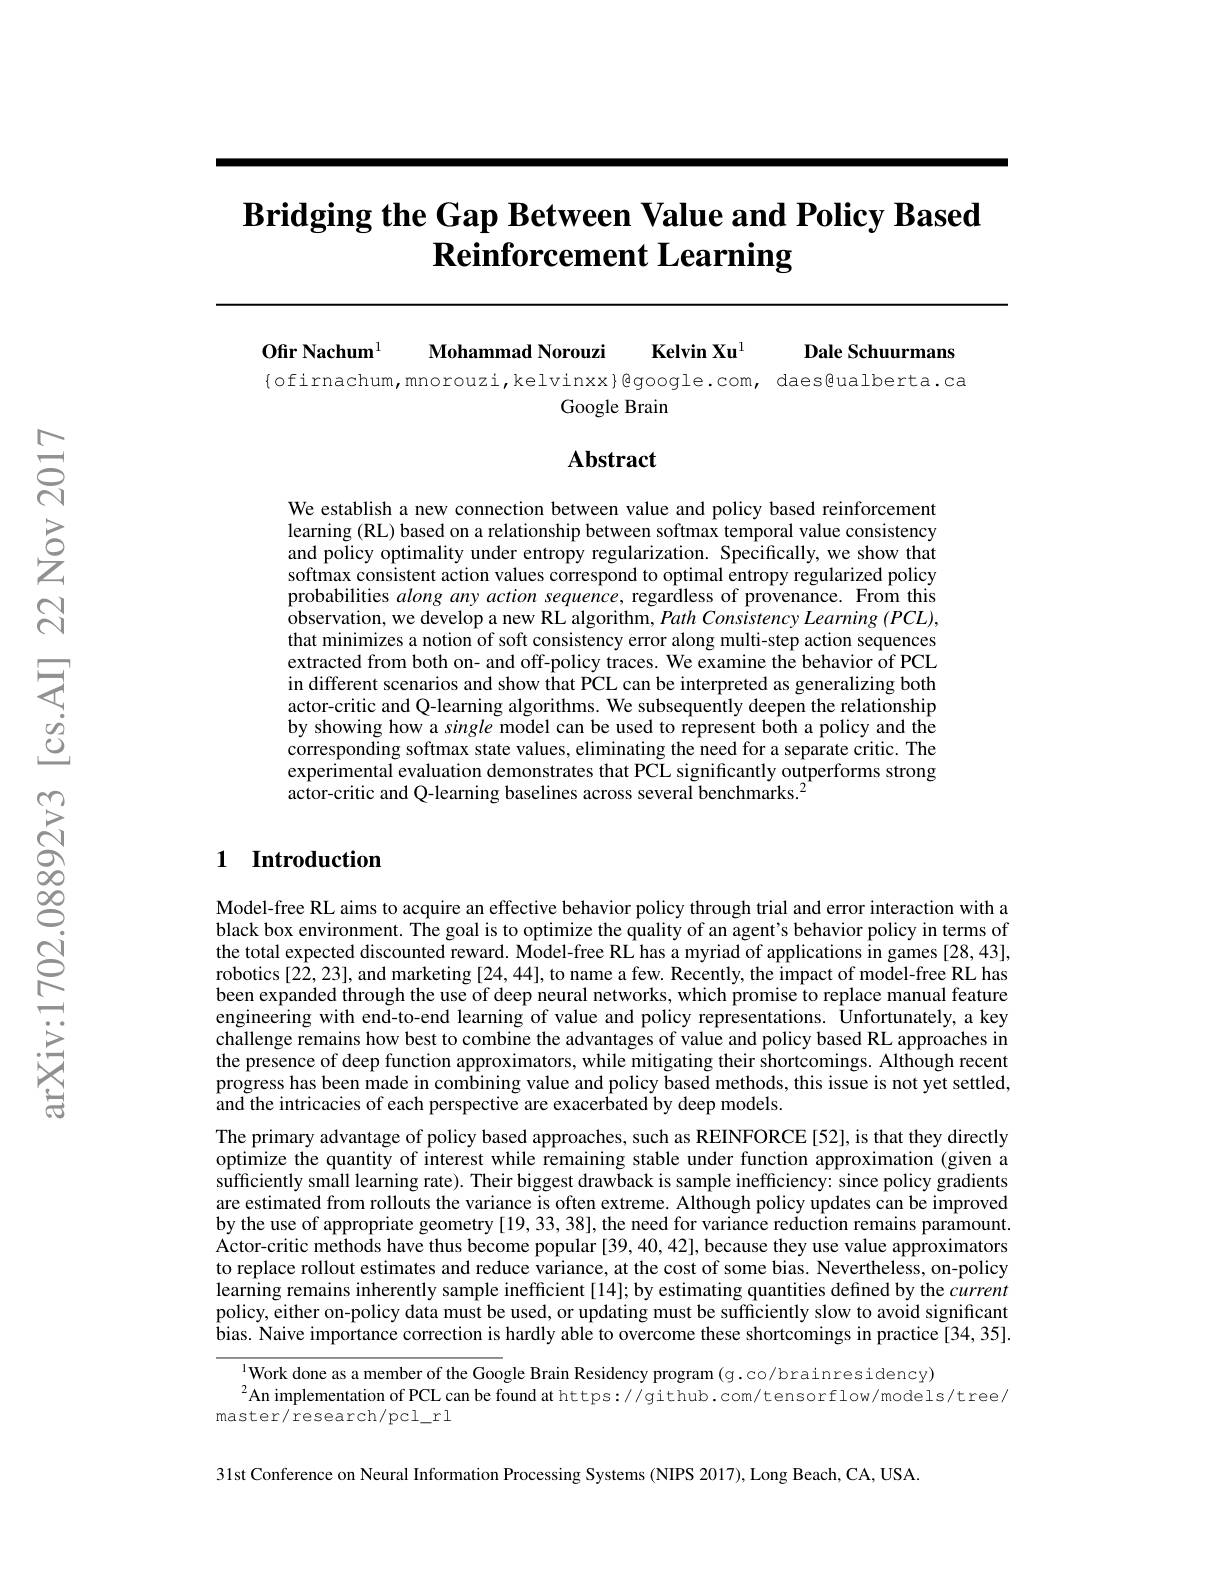
# $\textbf{Bridging the Gap Between Value and Policy Based}$ $\textbf{Reinforcement Learning}$

$\mathbf{Ofir~Nachum}^{1}$

Mohammad Norouzi Kelvin Xu$^{1}$

Dale Schuurmans

$\{$ofirnachum,mnorouzi,kelvinxx}@google.com,daes@ualberta.ca
Google Brain

## Abstract

We establish a new connection between value and policy based reinforcement learning (RL) based on a relationship between softmax temporal value consistency and policy optimality under entropy regularization. Specifically, we show that softmax consistent action values correspond to optimal entropy regularized policy probabilities along any action sequence, regardless of provenance. From this observation, we develop a new RL algorithm, Path Consistency Learning $(PCL)$, that minimizes a notion of soft consistency error along multi-step action sequences extracted from both on- and off-policy traces. We examine the behavior of PCL in different scenarios and show that PCL can be interpreted as generalizing both actor-critic and Q-learning algorithms. We subsequently deepen the relationship by showing how a single model can be used to represent both a policy and the corresponding softmax state values, eliminating the need for a separate critic. The experimental evaluation demonstrates that PCL significantly outperforms strong actor-critic and Q-learning baselines across several benchmarks.$^{2}$

## 1 Introduction

Model-free RL aims to acquire an effective behavior policy through trial and error interaction with a black box environment. The goal is to optimize the quality of an agent's behavior policy in terms of the total expected discounted reward. Model-free RL has a myriad of applications in games [28,43], $robotics[2\hat{2},23], and marketing[24,44], to name a few. Recently, the impact of model-free RL has$ been expanded through the use of deep neural networks, which promise to replace manual feature engineering with end-to-end learning of value and policy representations. Ûnfortunately, a key challenge remains how best to combine the advantages of value and policy based RL approaches in the presence of deep function approximators, while mitigating their shortcomings. Although recent progress has been made in combining value and policy based methods, this issue is not yet settled, and the intricacies of each perspective are exacerbated by deep models.
The primary advantage of policy based approaches, such as REINFORCE[52], is that they directly optimize the quantity of interest while remaining stable under function approximation (given a sufficiently small learning rate). Their biggest drawback is sample inefficiency: since policy gradients are estimated from rollouts the variance is often extreme. Although policy updates can be improved by the use of appropriate geometry [19, 33, 38], the need for variance reduction remains paramount. Actor-critic methods have thus become popular [39,40,42], because they use value approximators to replace rollout estimates and reduce variance, at the cost of some bias. Nevertheless, on-policy learning remains inherently sample inefficient [14]; by estimating quantities defined by the current policy, either on-policy data must be used, or updating must be sufficiently slow to avoid significant bias. Naive importance correction is hardly able to overcome these shortcomings in practice[34,35].

$\frac{1}{\text{Work done as a member of the Google Brain Residency program(g.co/brainresidency)}}$
$^{2}$An implementation of PCL can be found at https://github.com/tensorflow/models/tree/
master/ research/pcl\_rl

31st Conference on Neural Information Processing Systems (NIPS 2017), Long Beach, CA, USA.